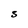
Character: S